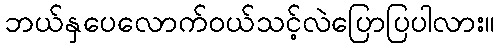
ဘယ်နှပေလောက်ဝယ်သင့်လဲပြောပြပါလား။